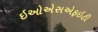
ઇઓએસએફઇટી